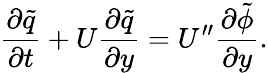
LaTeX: \frac{\partial\tilde{q}}{\partial t}+U\frac{\partial\tilde{q}}{\partial y}=U^{\prime\prime}\frac{\partial\tilde{\phi}}{\partial y}.